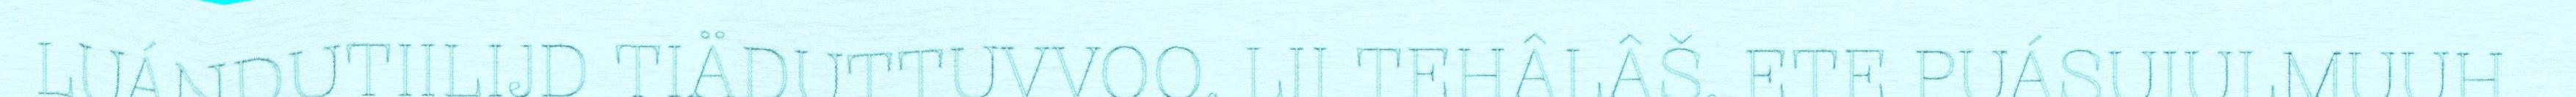
LUÁNDUTIILIJD TIÄDUTTUVVOO. LII TEHÂLÂŠ, ETE PUÁSUIULMUUH